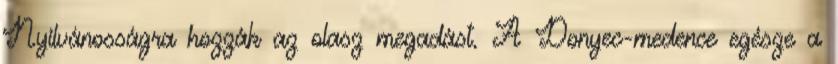
Nyilvánosságra hozzák az olasz megadást. A Donyec-medence egésze a